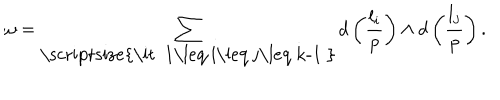
\omega = \sum _ { \mathrm { \scriptsize { \it ~ 1 \leq ~ i \leq ~ j \leq ~ k - 1 ~ } } } d \left( { \frac { l _ { i } } { p } } \right) \wedge d \left( { \frac { l _ { j } } { p } } \right) .